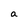
Character: a